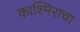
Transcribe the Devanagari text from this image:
काश्मिराचा